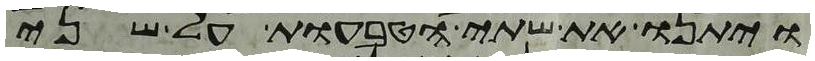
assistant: ויתנו את שתי הטבעות על שני